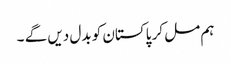
ہم مل کر پاکستان کو بدل دیں گے ۔